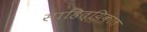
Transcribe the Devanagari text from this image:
साहित्यिकात